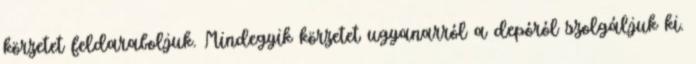
körzetet feldaraboljuk. Mindegyik körzetet ugyanarról a depóról szolgáljuk ki.